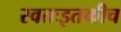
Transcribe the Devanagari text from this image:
स्वतःइतकीच